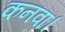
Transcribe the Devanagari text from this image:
कनवां।